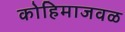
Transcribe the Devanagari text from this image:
कोहिमाजवळ